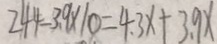
2 4 4 - 3 . 9 \times 1 0 = 4 . 3 x + 3 . 9 x